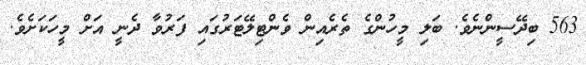
563 ބިދޭސީންނެވެ. ބަލި މީހުންގެ ތެރެއިން ވެންޓިލޭޓަރުގައި ފަރުވާ ދެނީ އަށް މީހަކަށެވެ.